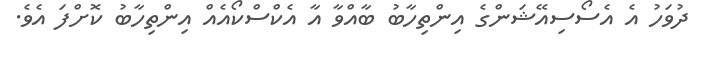
ދުވަހު އެ އެސޯސިއޭޝަންގެ އިންތިހާބު ބާއްވާ އާ އެކްސްކޯއެއް އިންތިހާބު ކޮށްފަ އެވެ.